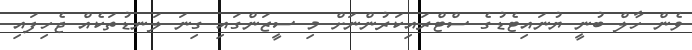
ވެން ހާލް ބުނީ ޔުނައިޓެޑުގެ ސްޓްރައިކަރުންނަށް މި ސީޒަންގައި ގިނަ ލަނޑުތަކެއް ޖެހިފައި